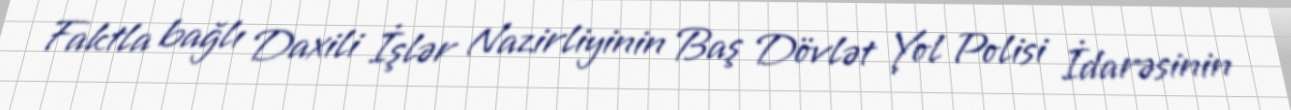
Faktla bağlı Daxili İşlər Nazirliyinin Baş Dövlət Yol Polisi İdarəsinin